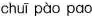
chuī pào pao